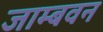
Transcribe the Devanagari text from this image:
जाम्बवन